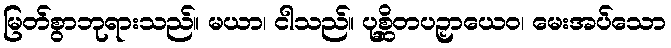
မြတ်စွာဘုရားသည်။ မယာ၊ ငါသည်။ ပုစ္ဆိတပဉှာယေဝ၊ မေးအပ်သော